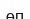
өп